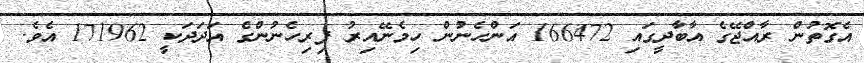
އެގޮތުން ރާއްޖޭގެ އާބާދީގައި 166472 އަންހެނުން ހިމެނޭއިރު ފިރިހެނުންގެ އަދަދަކީ 171962 އެވެ.